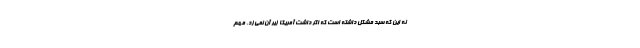
نه این که سبد مشکل داشته است که اگر داشت آمریکا زیر آن نمی‌زد. مهم